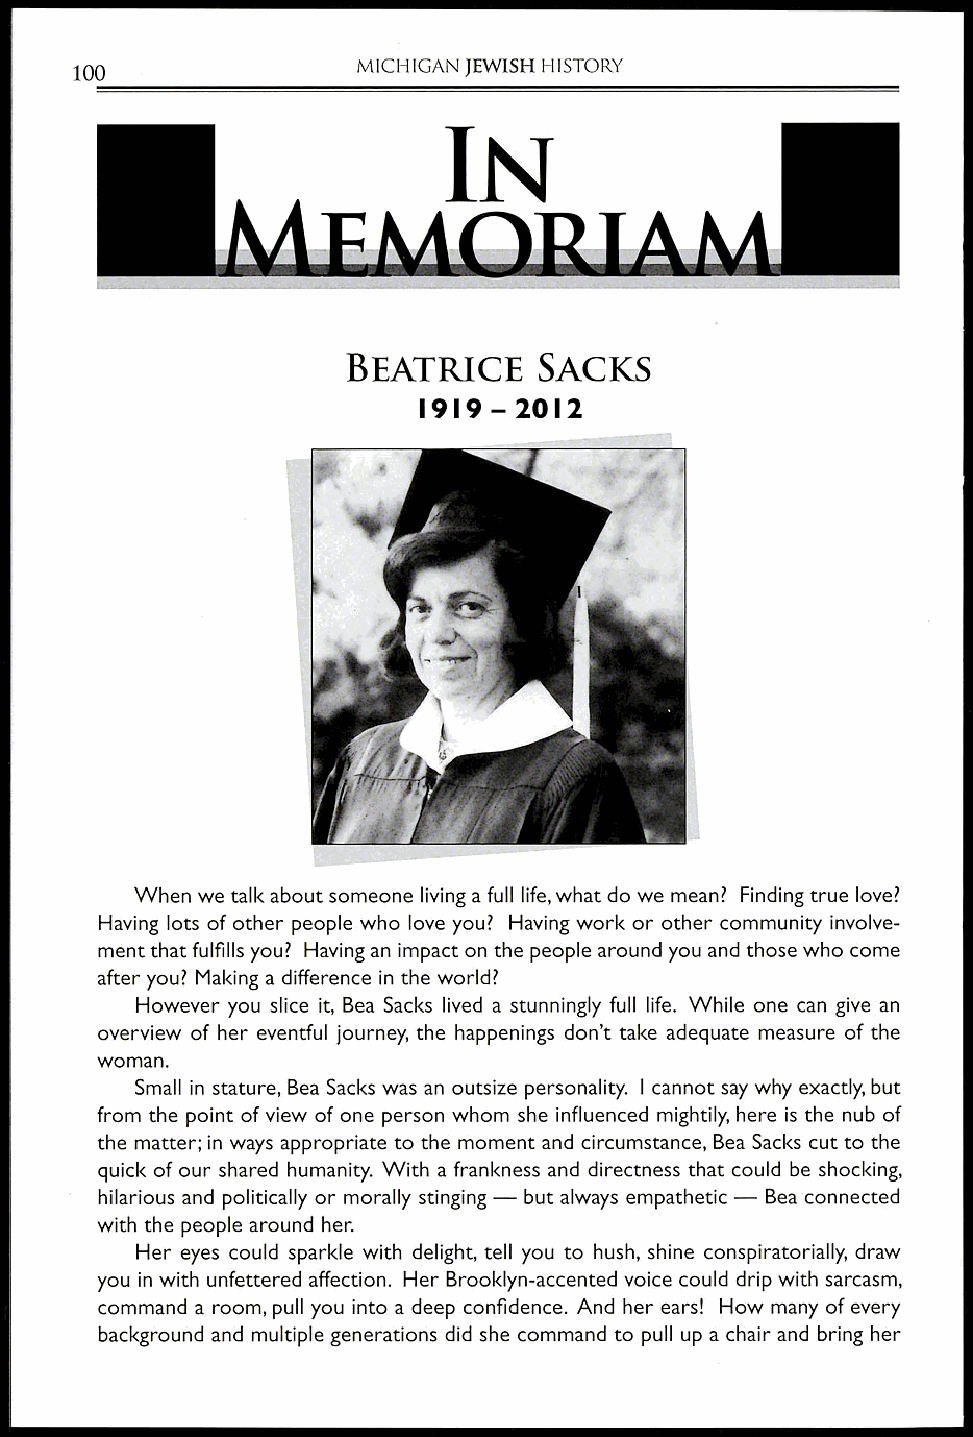
MICHIGAN JEWISH HISTORY
 100
 IN
 BEATRICE     SACKS
 1919-2012
 When we talk about someone living a full life, what do we mean? Finding true love?
 Having lots of other people who love you? Having work or other community involve-
 ment that fulfills you? Having an impact on the people around you and those who come
 after you? Making a difference in the world?
 However you slice it, Bea Sacks lived a stunningly full life. While one can give an
 overview of her eventful journey, the happenings don't take adequate measure of the
 woman.
 Small in stature, Bea Sacks was an outsize personality. I cannot say why exactly, but
 from the point of view of one person whom she influenced mightily, here is the nub of
 the matter; in ways appropriate to the moment and circumstance, Bea Sacks cut to the
 quick of our shared humanity. With a frankness and directness that could be shocking,
 hilarious and politically or morally stinging — but always empathetic — Bea connected
 with the people around her.
 Her eyes could sparkle with delight, tell you to hush, shine conspiratorially, draw
 you in with unfettered affection. Her Brooklyn-accented voice could drip with sarcasm,
 command a room, pull you into a deep confidence. And her ears! How many of every
 background and multiple generations did she command to pull up a chair and bring her